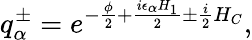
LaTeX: q_{\alpha}^{\pm}=e^{-{\frac{\phi}{2}}+{\frac{i\epsilon_{\alpha}H_{1}}{2}}\pm{\frac{i}{2}}H_{C}},